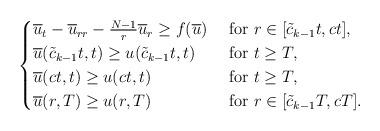
LaTeX: \begin{align*}\begin{cases}\overline u_t-\overline u_{rr}-\frac{N-1}{r}\overline u_r\geq f(\overline u) & \mbox{ for } r\in [\tilde c_{k-1} t, ct],\\\overline u(\tilde c_{k-1}t,t)\geq u(\tilde c_{k-1} t, t) &\mbox{ for } t\geq T,\\\overline u(ct,t)\geq u(c t, t) &\mbox{ for } t\geq T,\\\overline u(r, T)\geq u(r, T) &\mbox{ for } r\in [\tilde c_{k-1} T, cT].\end{cases}\end{align*}